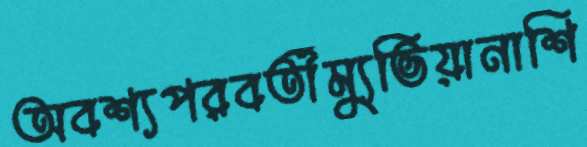
অবশ্যপরবর্তীম্যুভিয়ানাশি